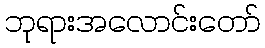
ဘုရားအလောင်းတော်